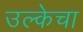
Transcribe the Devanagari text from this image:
उल्केचा